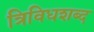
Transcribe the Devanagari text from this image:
त्रिविधशब्द